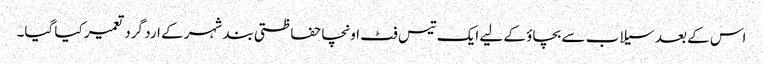
اس کے بعد سیلاب سے بچاؤ کے لیے ایک تیس فٹ اونچا حفاظتی بند شہر کے ارد گرد تعمیر کیا گیا۔